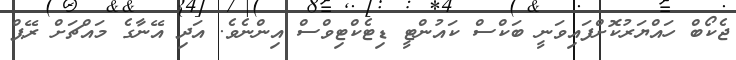
ޖެކޯބް ހައްޔަރުކޮށްފައިވަނީ ބަކްސް ކަައުންޓީ ޑިޓެކްޓިވްސް އިންނެވެ. އަދި އޭނާގެ މައްޗަަށް ރޭޕް